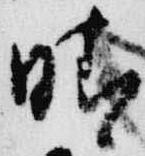
晴